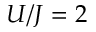
U / J = 2